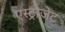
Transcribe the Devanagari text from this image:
एस्‍ट्रोजेट